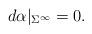
LaTeX: \begin{align*}d\alpha|_{{\Sigma^\infty}}= 0 .\end{align*}